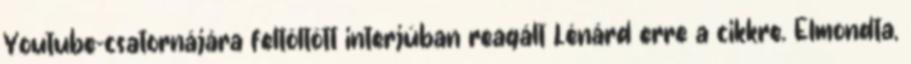
Youtube-csatornájára feltöltött interjúban reagált Lénárd erre a cikkre. Elmondta,